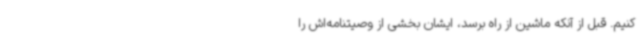
کنیم. قبل از آنکه ماشین از راه برسد، ایشان بخشی از وصیتنامه‌اش را